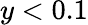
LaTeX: y<0.1